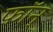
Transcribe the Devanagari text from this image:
फॉन्